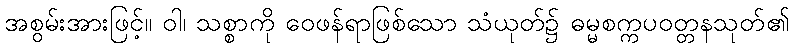
အစွမ်းအားဖြင့်။ ဝါ၊ သစ္စာကို ဝေဖန်ရာဖြစ်သော သံယုတ်၌ ဓမ္မစက္ကပဝတ္တနသုတ်၏